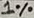
Text: 1%